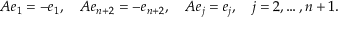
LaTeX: A e _ { 1 } = - e _ { 1 } , \quad A e _ { n + 2 } = - e _ { n + 2 } , \quad A e _ { j } = e _ { j } , \quad j = 2 , \ldots , n + 1 .